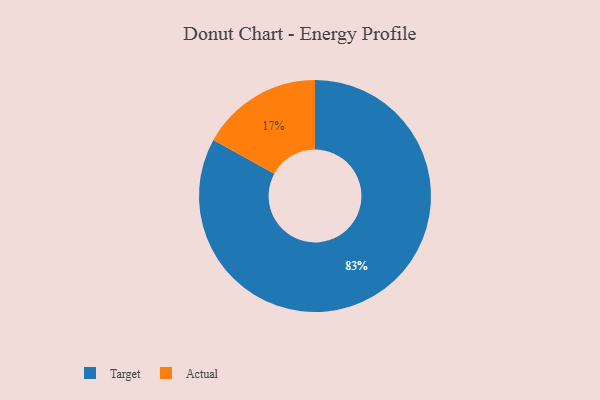
{"axis": {"x": "Category", "y": "Percentage"}, "legend": ["Actual", "Target"], "data": [{"x": "Target", "y": 83, "type": "Target"}, {"x": "Actual", "y": 17, "type": "Actual"}]}